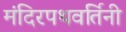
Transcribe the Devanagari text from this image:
मंदिरपथवर्तिनी